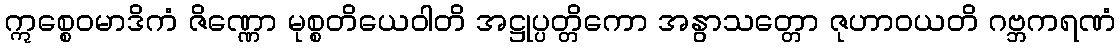
ဣစ္စေဝမာဒိကံ ဇိဏ္ဏော မုစ္စတိယေဝါတိ အဋ္ဌုပ္ပတ္တိကော အနွာသတ္တော ဇုဟာဝယတိ ဂဗ္ဘကရဏံ